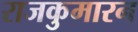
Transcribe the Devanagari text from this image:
राजकुमारन